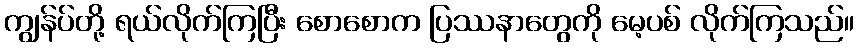
ကျွန်ပ်တို့ ရယ်လိုက်ကြပြီး စောစောက ပြဿနာတွေကို မေ့ပစ် လိုက်ကြသည်။